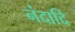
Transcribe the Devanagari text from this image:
नंदादि